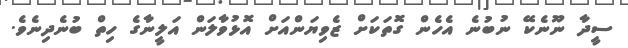
ސީދާ ނޫނެކޭ ނުބުނެ އެހެން ގޮތަކަށް ޒެވިޔަންއަށް އޮޅުވާލަން އަލީނާގެ ހިތް ބުނެދިނެވެ.